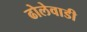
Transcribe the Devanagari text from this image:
ढोलेवाडी